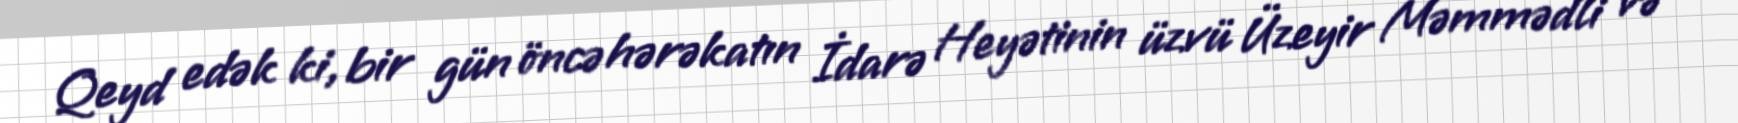
Qeyd edək ki, bir gün öncə hərəkatın İdarə Heyətinin üzvü Üzeyir Məmmədli və